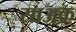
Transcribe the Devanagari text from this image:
साअक